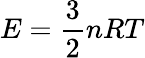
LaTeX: E={\frac{3}{2}}nRT